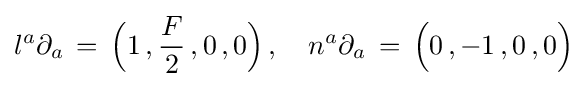
l^{a}\partial _{a}\,=\,{\Big (}1\,,{\frac {F}{2}}\,,0\,,0{\Big )}\,,\quad n^{a}\partial _{a}\,=\,{\Big (}0\,,-1\,,0\,,0{\Big )}